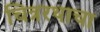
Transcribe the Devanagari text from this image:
चित्ररथाचा